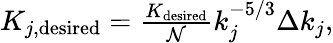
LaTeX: \begin{array}{r}{K_{j,\mathrm{desired}}=\frac{K_{\mathrm{desired}}}{\mathcal{N}}k_{j}^{-5/3}\Delta k_{j},}\end{array}